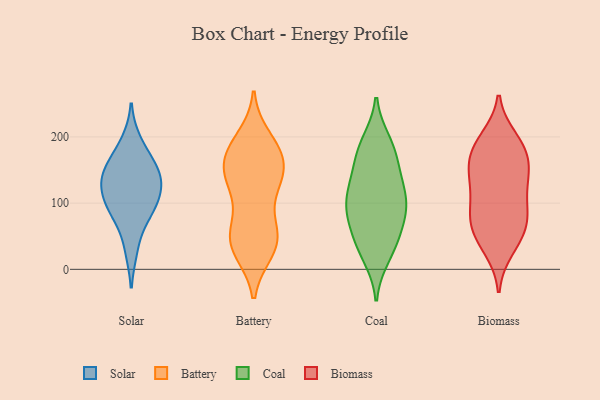
{"axis": {"x": "Gross Profit (USD K)", "y": "Value"}, "legend": ["Battery", "Biomass", "Coal", "Solar"], "data": [{"x": "", "y": 133, "type": "Solar"}, {"x": "", "y": 86, "type": "Solar"}, {"x": "", "y": 90, "type": "Solar"}, {"x": "", "y": 192, "type": "Solar"}, {"x": "", "y": 118, "type": "Solar"}, {"x": "", "y": 31, "type": "Solar"}, {"x": "", "y": 135, "type": "Solar"}, {"x": "", "y": 91, "type": "Solar"}, {"x": "", "y": 133, "type": "Solar"}, {"x": "", "y": 160, "type": "Solar"}, {"x": "", "y": 160, "type": "Solar"}, {"x": "", "y": 182, "type": "Battery"}, {"x": "", "y": 164, "type": "Battery"}, {"x": "", "y": 186, "type": "Battery"}, {"x": "", "y": 120, "type": "Battery"}, {"x": "", "y": 27, "type": "Battery"}, {"x": "", "y": 136, "type": "Battery"}, {"x": "", "y": 71, "type": "Battery"}, {"x": "", "y": 171, "type": "Battery"}, {"x": "", "y": 31, "type": "Battery"}, {"x": "", "y": 137, "type": "Battery"}, {"x": "", "y": 53, "type": "Battery"}, {"x": "", "y": 41, "type": "Battery"}, {"x": "", "y": 144, "type": "Battery"}, {"x": "", "y": 149, "type": "Battery"}, {"x": "", "y": 178, "type": "Battery"}, {"x": "", "y": 28, "type": "Battery"}, {"x": "", "y": 124, "type": "Battery"}, {"x": "", "y": 198, "type": "Battery"}, {"x": "", "y": 58, "type": "Battery"}, {"x": "", "y": 52, "type": "Battery"}, {"x": "", "y": 108, "type": "Coal"}, {"x": "", "y": 91, "type": "Coal"}, {"x": "", "y": 54, "type": "Coal"}, {"x": "", "y": 71, "type": "Coal"}, {"x": "", "y": 188, "type": "Coal"}, {"x": "", "y": 133, "type": "Coal"}, {"x": "", "y": 141, "type": "Coal"}, {"x": "", "y": 19, "type": "Coal"}, {"x": "", "y": 77, "type": "Coal"}, {"x": "", "y": 37, "type": "Coal"}, {"x": "", "y": 30, "type": "Coal"}, {"x": "", "y": 98, "type": "Coal"}, {"x": "", "y": 175, "type": "Coal"}, {"x": "", "y": 100, "type": "Coal"}, {"x": "", "y": 167, "type": "Coal"}, {"x": "", "y": 121, "type": "Coal"}, {"x": "", "y": 193, "type": "Coal"}, {"x": "", "y": 86, "type": "Biomass"}, {"x": "", "y": 54, "type": "Biomass"}, {"x": "", "y": 69, "type": "Biomass"}, {"x": "", "y": 175, "type": "Biomass"}, {"x": "", "y": 75, "type": "Biomass"}, {"x": "", "y": 139, "type": "Biomass"}, {"x": "", "y": 119, "type": "Biomass"}, {"x": "", "y": 112, "type": "Biomass"}, {"x": "", "y": 30, "type": "Biomass"}, {"x": "", "y": 191, "type": "Biomass"}, {"x": "", "y": 88, "type": "Biomass"}, {"x": "", "y": 191, "type": "Biomass"}, {"x": "", "y": 139, "type": "Biomass"}, {"x": "", "y": 156, "type": "Biomass"}, {"x": "", "y": 65, "type": "Biomass"}, {"x": "", "y": 169, "type": "Biomass"}, {"x": "", "y": 198, "type": "Biomass"}, {"x": "", "y": 37, "type": "Biomass"}, {"x": "", "y": 151, "type": "Biomass"}]}